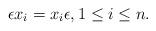
LaTeX: \begin{align*} \epsilon x_i = x_i \epsilon, 1 \leq i \leq n.\end{align*}